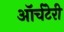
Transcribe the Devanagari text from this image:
ऑर्चटेरी